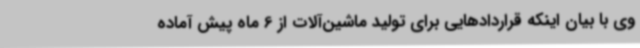
وی با بیان اینکه قراردادهایی برای تولید ماشین‌آلات از 6 ماه پیش آماده